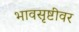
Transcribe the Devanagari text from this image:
भावसृष्टीवर